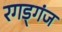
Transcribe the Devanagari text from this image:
रगड्गंज